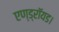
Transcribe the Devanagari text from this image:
एण्ड्रॉयड।